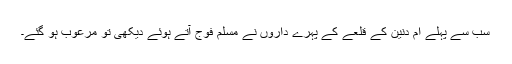
سب سے پہلے ام دنین کے قلعے کے پہرے داروں نے مسلم فوج آتے ہوئے دیکھی تو مرعوب ہو گئے۔